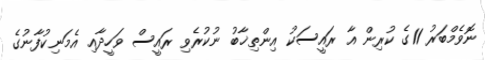
ނޮވެމްބަރު 11ގެ ކުރިން އާ ރައީސަކު އިންތިޚާބު ނުކުރެވި ރައީސް ވަހީދާއި އެމަނިކުފާނުގެ